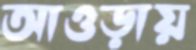
আওড়ায়